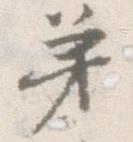
弟